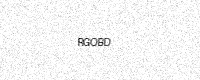
Text: RGOBD